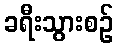
ခရီးသွားစဉ်